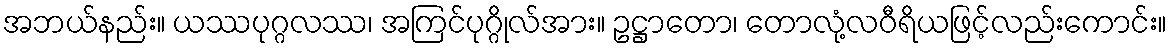
အဘယ်နည်း။ ယဿပုဂ္ဂလဿ၊ အကြင်ပုဂ္ဂိုလ်အား။ ဥဋ္ဌာတော၊ တောလုံ့လဝီရိယဖြင့်လည်းကောင်း။